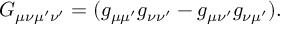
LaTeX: G _ { \mu \nu \mu ^ { \prime } \nu ^ { \prime } } = ( g _ { \mu \mu ^ { \prime } } g _ { \nu \nu ^ { \prime } } - g _ { \mu \nu ^ { \prime } } g _ { \nu \mu ^ { \prime } } ) .